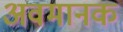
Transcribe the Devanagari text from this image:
अवमानक